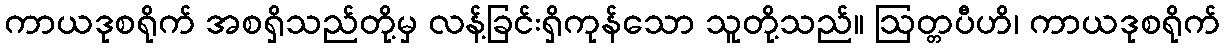
ကာယဒုစရိုက် အစရှိသည်တို့မှ လန့်ခြင်းရှိကုန်သော သူတို့သည်။ ဩတ္တပီဟိ၊ ကာယဒုစရိုက်